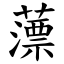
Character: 薸